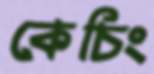
কেচিং